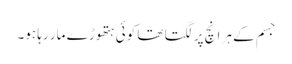
جسم کے ہر انچ پر لگتا تھا کوئی ہتھوڑے مار رہا ہو۔